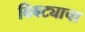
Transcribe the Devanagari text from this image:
बिबट्याचा